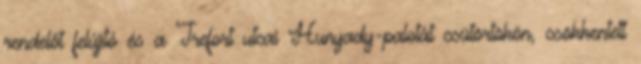
rendelőt felújító és a Trefort utcai Hunyady-palotát csütörtökön, csökkentett